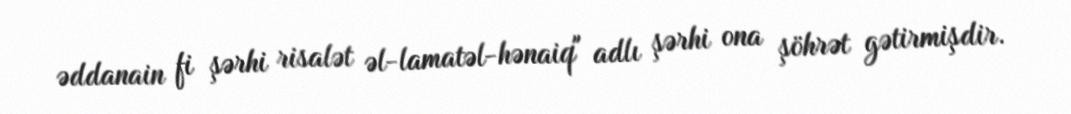
əddanain fi şərhi risalət əl-lamatəl-hənaiq" adlı şərhi ona şöhrət gətirmişdir.